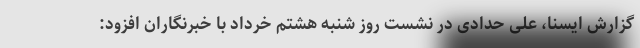
گزارش ایسنا، علی حدادی در نشست روز شنبه هشتم خرداد با خبرنگاران افزود: